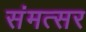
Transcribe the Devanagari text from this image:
संमत्सर